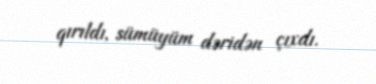
qırıldı, sümüyüm dəridən çıxdı.